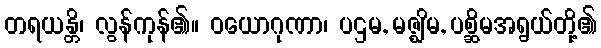
တရယန္တိ၊ လွန်ကုန်၏။ ဝယောဂုဏာ၊ ပဌမ, မဇ္ဈိမ, ပစ္ဆိမအရွယ်တို့၏